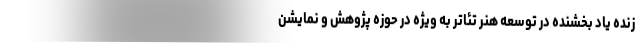
زنده یاد بخشنده در توسعه هنر تئاتر به ویژه در حوزه پژوهش و نمایشن